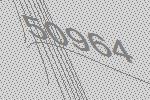
50964